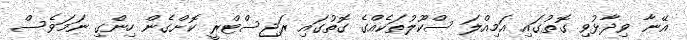
އޭނާ ވިދާޅުވި ގޮތުގައި އަމިއްލަ ސްކޫލުތަކެއްގެ ގޮތުގައި ރަޖިސްޓްރީ ކޮށްގެން ހިންގި ނަމަވެސް